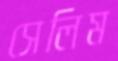
সেলিম